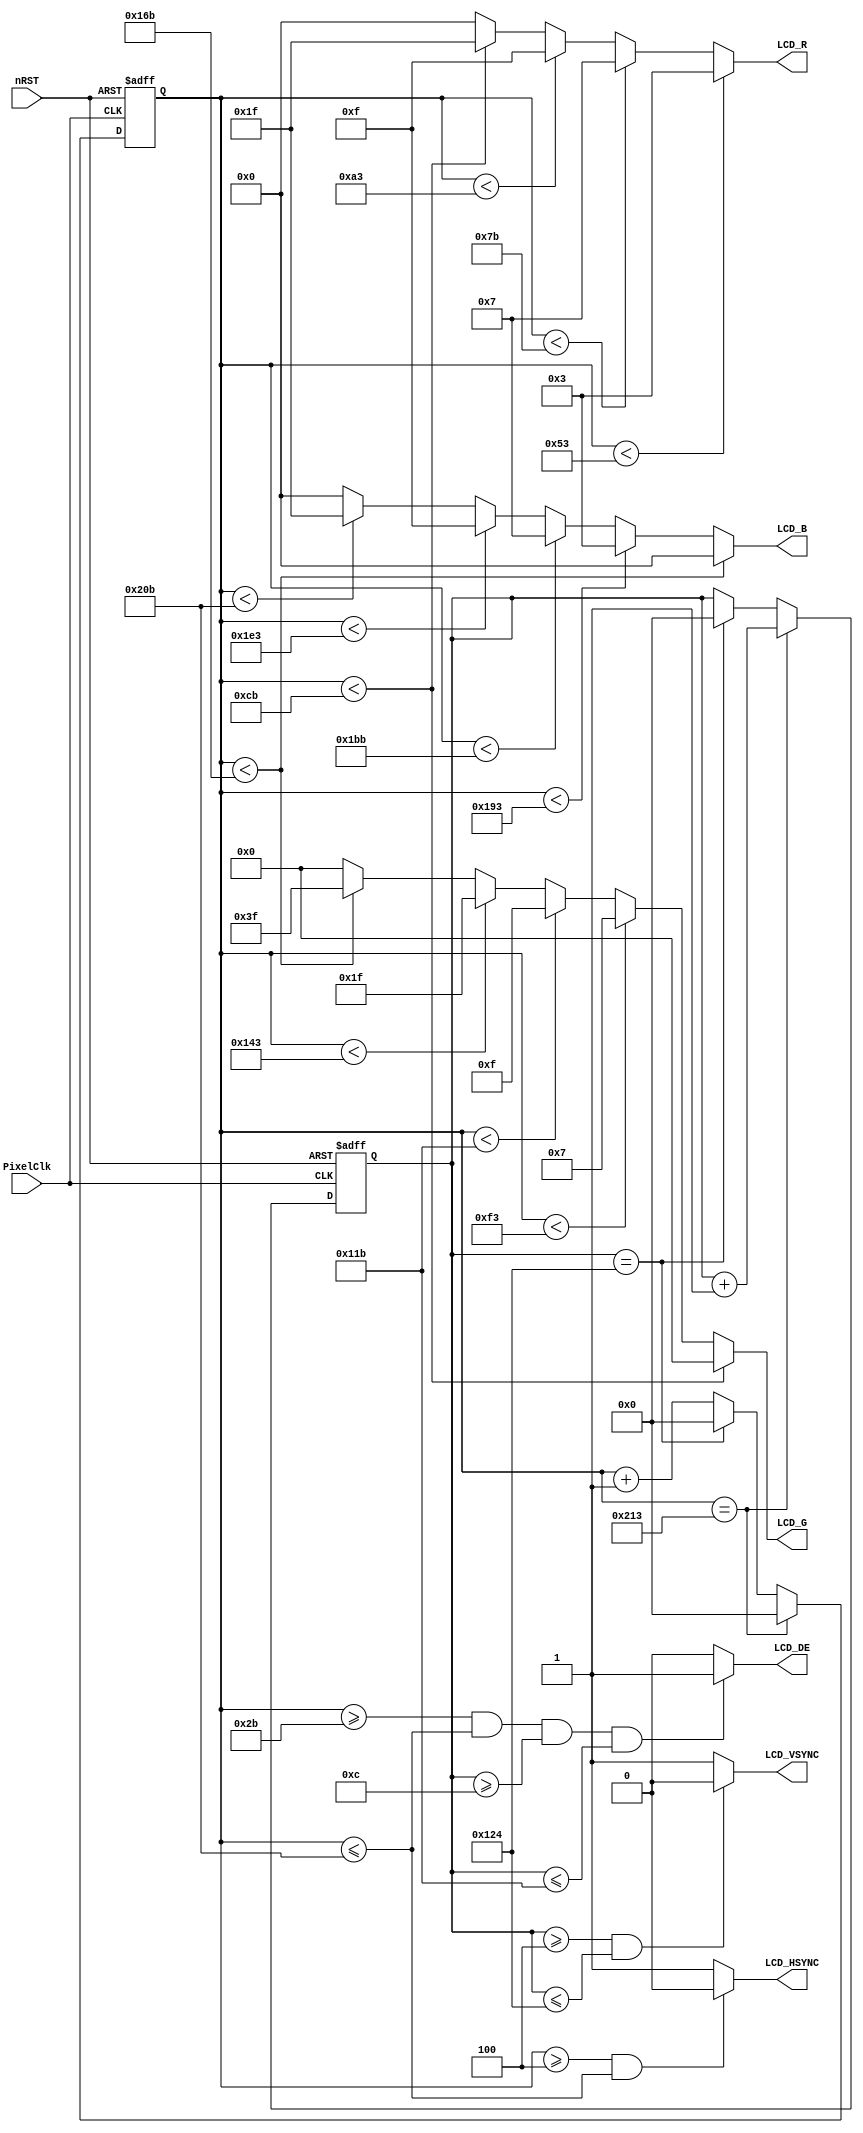
module LCD_test ( 
  input   PixelClk,
  input   nRST,

  output  LCD_DE,
  output  LCD_HSYNC,
  output  LCD_VSYNC,
  
  output  [4:0] LCD_R,
  output  [5:0] LCD_G,
  output  [4:0] LCD_B
);
  
  reg [15:0]  PixelCount;
  reg [15:0]  LineCount;
  
  //pulse include in back pulse; t=pulse, sync act; t=bp, data act; t=bp+height, data end
	localparam  V_BackPorch = 16'd12; 
	localparam  V_Pulse   	= 16'd4; 
	localparam  HightPixel  = 16'd272;
	localparam  V_FrontPorch= 16'd8; 
	
	localparam  H_BackPorch = 16'd43; 
	localparam  H_Pulse 	  = 16'd4; 
	localparam  WidthPixel  = 16'd480;
	localparam  H_FrontPorch= 16'd8;

  localparam  PixelForHS  = WidthPixel + H_BackPorch + H_FrontPorch;
  localparam  LineForVS   = HightPixel + V_BackPorch + V_FrontPorch;
  

  always @( posedge PixelClk or negedge nRST )begin
    if( !nRST ) begin
        LineCount   <=  16'b0;
        PixelCount  <=  16'b0;
    end
    else if(  PixelCount == PixelForHS  ) begin
        PixelCount  <=  16'b0;
        LineCount   <=  LineCount + 1'b1;
    end
    else if(  LineCount == LineForVS  ) begin
        LineCount   <=  16'b0;
        PixelCount  <=  16'b0;
    end
    else
        PixelCount  <=  PixelCount +  1'b1;
  end

  //Note the negative polarity of HSYNC and VSYNC here
  assign LCD_HSYNC = (( PixelCount >= H_Pulse )&&( PixelCount <= ( PixelForHS - H_FrontPorch ))) ? 1'b0 : 1'b1;
  assign LCD_VSYNC = ((( LineCount >= V_Pulse )&&( LineCount  <= (LineForVS-0) )) ) ? 1'b0 : 1'b1;
  //assign  LCD_VSYNC = ((( LineCount  >= 0 )&&( LineCount  <= (V_Pluse-1) )) ) ? 1'b1 : 1'b0;		//If you don't subtract one here, the bottom of the picture will trail down?
  //assign  FIFO_RST  = (( PixelCount ==0)) ? 1'b1 : 1'b0;  //Time left for host H_BackPorch to enter interrupt, send data

  assign LCD_DE = ( ( PixelCount >= H_BackPorch )&&
                    ( PixelCount <= PixelForHS - H_FrontPorch )&&
                    ( LineCount  >= V_BackPorch  )&&
                    ( LineCount  <= LineForVS - V_FrontPorch-1)) ? 1'b1 : 1'b0;
					          //Not minus one here, it will shake


  /* SQUARE */
  // reg square;
  // always @* begin
  //   square = ( PixelCount > 180 && PixelCount < 380) && ( LineCount >48 && LineCount < 248);
  // end
  
  // reg [4:0] paint_r;
  // reg [5:0] paint_g;
  // reg [4:0] paint_b;
  
  // always @* begin
  //   paint_r = (square) ? 5'b10000 : 5'b00000;
  //   paint_g = (square) ? 6'b100000 : 6'b000000;
  //   paint_b = (square) ? 5'b10000 : 5'b10000;
  // end
                      
  // assign LCD_R = paint_r;
  // assign LCD_G = paint_g;
  // assign LCD_B = paint_b;

                    
  /* COLOR STRIPS 1*/
  //  assign  LCD_R   =   (PixelCount<51) ? 5'b00000 : 
  //                      (PixelCount<111 ? 5'b00000 :    
  //                      (PixelCount<171 ? 5'b10000 :    
  //                      (PixelCount<231 ? 5'b10000 :    
  //                      (PixelCount<291 ? 5'b00000 :    
  //                      (PixelCount<351 ? 5'b00000 : 
  //                      (PixelCount<411 ? 5'b00000 :  
  //                      (PixelCount<471 ? 5'b10000 : 5'b10000 )))))));
                       

  //  assign  LCD_G   =   (PixelCount<111)? 6'b000000 : 
  //                      (PixelCount<171 ? 6'b000000 :    
  //                      (PixelCount<231 ? 6'b100000 :    
  //                      (PixelCount<291 ? 6'b100000 :    
  //                      (PixelCount<351 ? 6'b100000 :    
  //                      (PixelCount<411 ? 6'b000000 :  
  //                      (PixelCount<471 ? 6'b000000 : 6'b100000 ))))));

  //  assign  LCD_B   =   (PixelCount<171)? 5'b00000 : 
  //                      (PixelCount<171 ? 5'b00000 :    
  //                      (PixelCount<231 ? 5'b00000 :    
  //                      (PixelCount<291 ? 5'b00000 :    
  //                      (PixelCount<351 ? 5'b10000 :
  //                      (PixelCount<411 ? 5'b10000 : 
  //                      (PixelCount<471 ? 5'b10000 :  5'b10000 ))))));


  /* COLOR STRIPS 2*/
  // assign  LCD_R   =   (PixelCount<  ( H_BackPorch+480 )  ? 5'b11110  :  5'b00000 );  //red
  // assign  LCD_G   =   (PixelCount<  ( H_BackPorch+320 )  ? 6'b111110 :  6'b000000 ); //yellow 
  // assign  LCD_B   =   (PixelCount<  ( H_BackPorch+160 )  ? 5'b11110  :  5'b00000 );  //white


  /* COLOR STRIPS 3*/
    localparam          Width_bar =   40;
    localparam          BarCount  =    0;

    assign  LCD_R   =   (PixelCount<H_BackPorch+(Width_bar*(BarCount+1)) ? 5'b00011 :                      //40
                        (PixelCount<H_BackPorch+(Width_bar*(BarCount+2)) ? 5'b00111 :    
                        (PixelCount<H_BackPorch+(Width_bar*(BarCount+3)) ? 5'b01111 :    
                        (PixelCount<H_BackPorch+(Width_bar*(BarCount+4)) ? 5'b11111 :  5'b00000 ))));      //150

    assign  LCD_G   =   (PixelCount<H_BackPorch+(Width_bar*(BarCount+4)))? 6'b000000 :                     //150
                        (PixelCount<H_BackPorch+(Width_bar*(BarCount+5)) ? 6'b000111 :    
                        (PixelCount<H_BackPorch+(Width_bar*(BarCount+6)) ? 6'b001111 :    
                        (PixelCount<H_BackPorch+(Width_bar*(BarCount+7)) ? 6'b011111 :  
                        (PixelCount<H_BackPorch+(Width_bar*(BarCount+8)) ? 6'b111111 : 6'b000000 ))));    //330

    assign  LCD_B   =   (PixelCount<H_BackPorch+(Width_bar*(BarCount+8)))? 5'b00000 :                     //330
                        (PixelCount<H_BackPorch+(Width_bar*(BarCount+9)) ? 5'b00011 :    
                        (PixelCount<H_BackPorch+(Width_bar*(BarCount+10))? 5'b00111 :    
                        (PixelCount<H_BackPorch+(Width_bar*(BarCount+11))? 5'b01111 :    
                        (PixelCount<H_BackPorch+(Width_bar*(BarCount+12))? 5'b11111 :  5'b00000 ))));     //480

endmodule